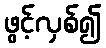
ဖွင့်လှစ်၍